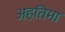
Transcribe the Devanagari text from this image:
अहतिमा